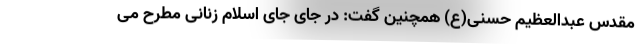
مقدس عبدالعظیم حسنی(ع) همچنین گفت: در جای جای اسلام زنانی مطرح می